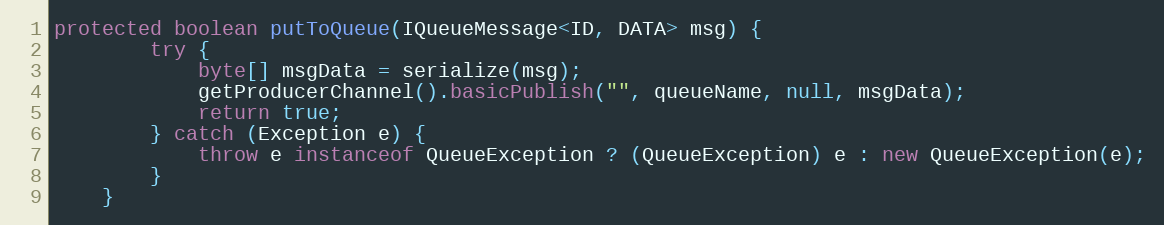
Language: Java
protected boolean putToQueue(IQueueMessage<ID, DATA> msg) {
        try {
            byte[] msgData = serialize(msg);
            getProducerChannel().basicPublish("", queueName, null, msgData);
            return true;
        } catch (Exception e) {
            throw e instanceof QueueException ? (QueueException) e : new QueueException(e);
        }
    }